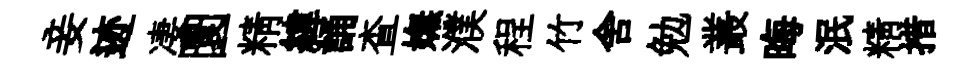
妾迹凄圜精緯誦查嫵濮程竹舍勉叢晦泯精措